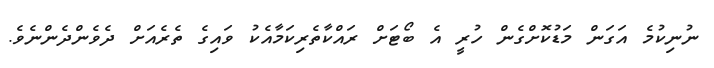
ނުނިކުމެ އަގަން މަޑުކޮށްގެން ހުރީ އެ ބޯޓަށް ރައްކާތެރިކަމާއެކު ވައިގެ ތެރެއަށް ދެވެންދެންނެވެ.